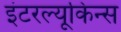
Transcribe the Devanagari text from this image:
इंटरल्यूकिन्स